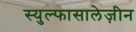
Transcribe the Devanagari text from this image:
स्युल्फासालेज़ीन